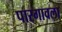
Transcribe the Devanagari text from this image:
पारगावला